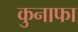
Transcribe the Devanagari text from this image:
कुनाफा